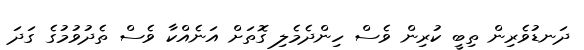
ދަނޑުވެރިން ތިބީ ކުރިން ވެސް ހިންދެމެލި ގޮތަށް އަނެއްކާ ވެސް ތެދުވުމުގެ ގަދަ